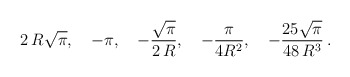
\begin{align*}2\,R\sqrt\pi,\quad-\pi,\quad-\frac{\sqrt \pi}{2\,R},\quad-\frac{\pi}{4R^2},\quad-\frac{25\sqrt \pi}{48\,R^3}\,{.}\end{align*}